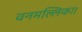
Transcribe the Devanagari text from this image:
वनमल्लिका।